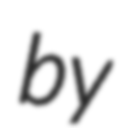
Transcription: by